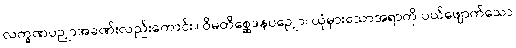
လက္ခဏပဉှာအခဏ်းလည်းကောင်း။ ဝိမတိစ္ဆေဒနပဉှော၊ ယုံမှားသောအရာကို ပယ်ဖျောက်သော